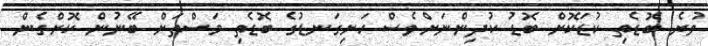
ވުރެ ބޮޑެތި ކުޑަކޮށް ބޮޑު ކުދިންނަށްވެސް ހަށިގަނޑުގެ ބޮޑެތި މަސްތަށް ބޭނުން ކޮށްގެން